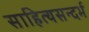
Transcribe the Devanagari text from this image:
साहित्यसन्दर्भ